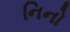
નિનો